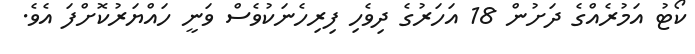
ކޯޓު އަމުރެއްގެ ދަށުން 18 އަހަރުގެ ދިވެހި ފިރިހެނަކުވެސް ވަނީ ހައްޔަރުކޮށްފަ އެވެ.